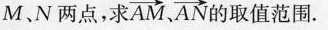
M、N两点，求\overrightarrow{AM}, \overrightarrow{AN}的取值范围.